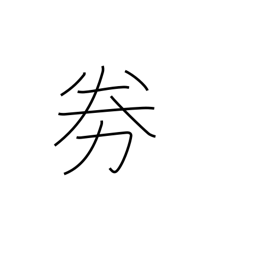
Meaning: become fatigued